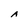
Character: A